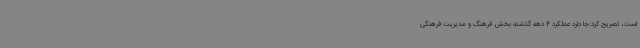
است، تصریح کرد:جا دارد عملکرد 4 دهه گذشته بخش فرهنگ و مدیریت فرهنگی